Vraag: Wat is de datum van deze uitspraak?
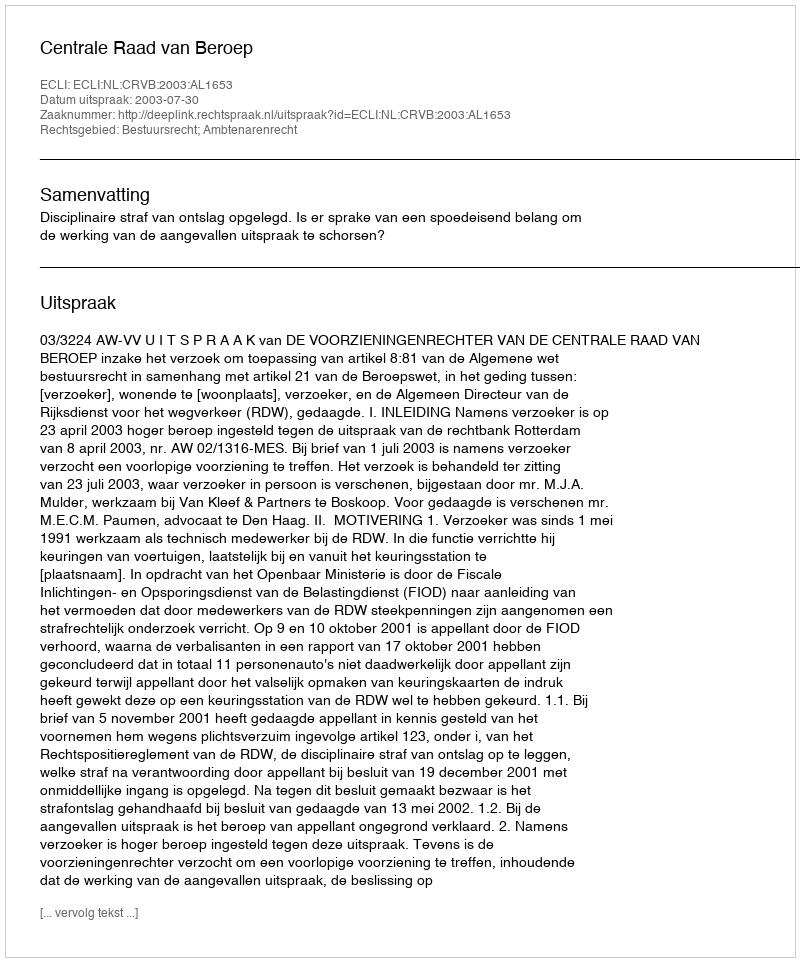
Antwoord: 2003-07-30